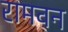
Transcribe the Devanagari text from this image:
रामवन